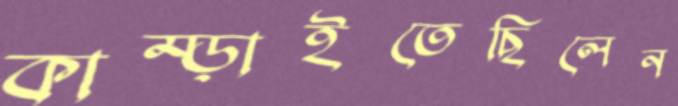
কাম্‌ড়াইতেছিলেন